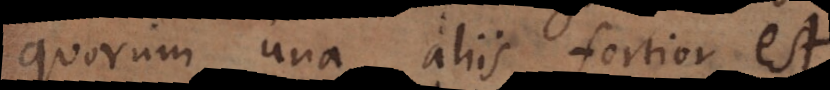
quarum una aliis fortior est.